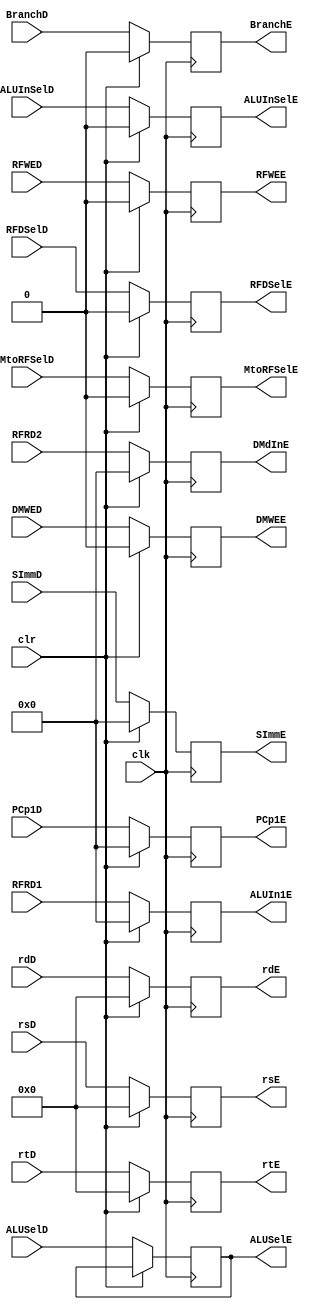
`timescale 1ns / 1ps
//////////////////////////////////////////////////////////////////////////////////
// Company: 
// Engineer: 
// 
// Design Name: 
// Module Name: PLFF13
// Project Name: 
// Target Devices: 
// Tool Versions: 
// Description: 
// 
// Dependencies: 
// 
// Revision:
// Revision 0.01 - File Created
// Additional Comments:
// 
//////////////////////////////////////////////////////////////////////////////////


module PLFF13(input clk,clr, input RFWED,MtoRFSelD,DMWED,BranchD,ALUInSelD,RFDSelD,input [3:0] ALUSelD,
input [31:0] RFRD1,RFRD2,SImmD, PCp1D, input [4:0]rtD,rdD,rsD, output reg [3:0] ALUSelE, output reg RFWEE,MtoRFSelE,DMWEE,BranchE,ALUInSelE,RFDSelE,
output reg[31:0] DMdInE,ALUIn1E,SImmE,PCp1E,output reg [4:0] rtE,rdE,rsE

    );
    
    always @ (posedge clk) begin
    if(clr) begin
    RFWEE<=0;
    MtoRFSelE<=0;
    DMWEE<=0;
    BranchE<= 0;
    ALUInSelE<=0;
    RFDSelE<=0;
    ALUIn1E<=0;
    DMdInE<= 0;
    SImmE<=0;
    PCp1E<=0;
    rtE <= 0;
    rdE<=0;
    rsE <=0;
    end
    
    else
    begin
    RFWEE<=RFWED;
    MtoRFSelE<=MtoRFSelD;
    DMWEE<=DMWED;
    BranchE<= BranchD;
    ALUSelE<=ALUSelD;
    ALUInSelE<=ALUInSelD;
    RFDSelE<=RFDSelD;
    ALUIn1E<=RFRD1;
    DMdInE<= RFRD2;
    SImmE<=SImmD;
    PCp1E<=PCp1D;
    rtE <= rtD;
    rdE<=rdD;
    rsE<= rsD;
    end
    
    end
    
    
    
endmodule